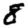
Digit: 8